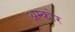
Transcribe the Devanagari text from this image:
अम्कोर